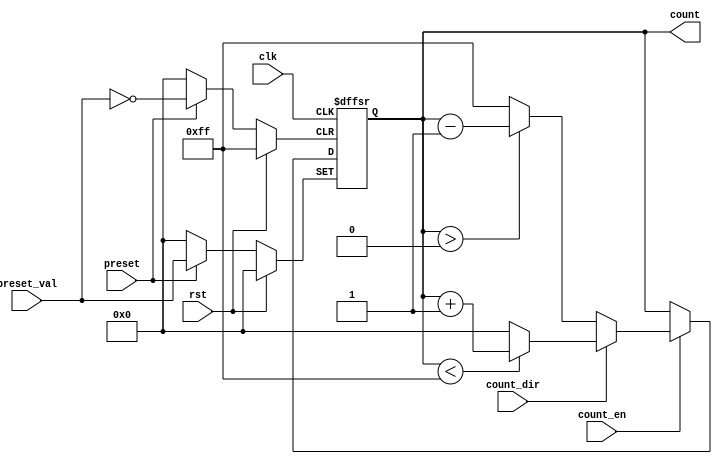
module presettable_counter (
    input wire clk,              // Clock signal
    input wire rst,              // Asynchronous reset
    input wire preset,           // Asynchronous preset signal
    input wire [7:0] preset_val, // Preset value (8-bit for example)
    input wire count_en,         // Count enable signal
    input wire count_dir,        // Count direction (1 for up, 0 for down)
    output reg [7:0] count       // Counter value (8-bit for example)
);

    // Define the maximum and minimum limits for the counter
    parameter MAX_COUNT = 8'hFF; // Maximum value for an 8-bit counter
    parameter MIN_COUNT = 8'h00; // Minimum value for an 8-bit counter

    always @(posedge clk or posedge rst or posedge preset) begin
        if (rst) begin
            count <= MIN_COUNT; // Reset the counter to zero
        end else if (preset) begin
            count <= preset_val; // Load the preset value
        end else if (count_en) begin
            if (count_dir) begin
                // Count Up
                if (count < MAX_COUNT) begin
                    count <= count + 1;
                end else begin
                    count <= MIN_COUNT; // Wrap around to zero
                end
            end else begin
                // Count Down
                if (count > MIN_COUNT) begin
                    count <= count - 1;
                end else begin
                    count <= MAX_COUNT; // Wrap around to max
                end
            end
        end
    end

endmodule